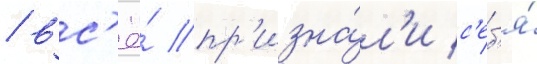
/ вс'ё́ пр'изна́л'и с'еб'я́